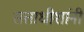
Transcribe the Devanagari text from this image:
सत्ताधीशांनी